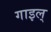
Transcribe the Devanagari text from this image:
गाइल्